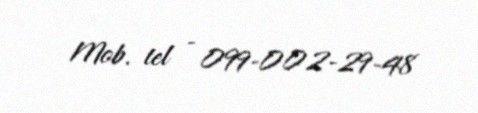
Mob. tel - 099-002-29-48